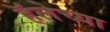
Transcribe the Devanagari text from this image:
हॅलेच्या